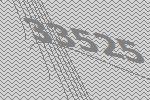
33525